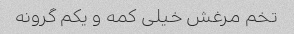
تخم مرغش خیلی کمه و یکم گرونه